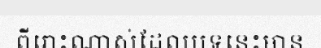
ពីរោះណាស់ដែលបទនេះមាន